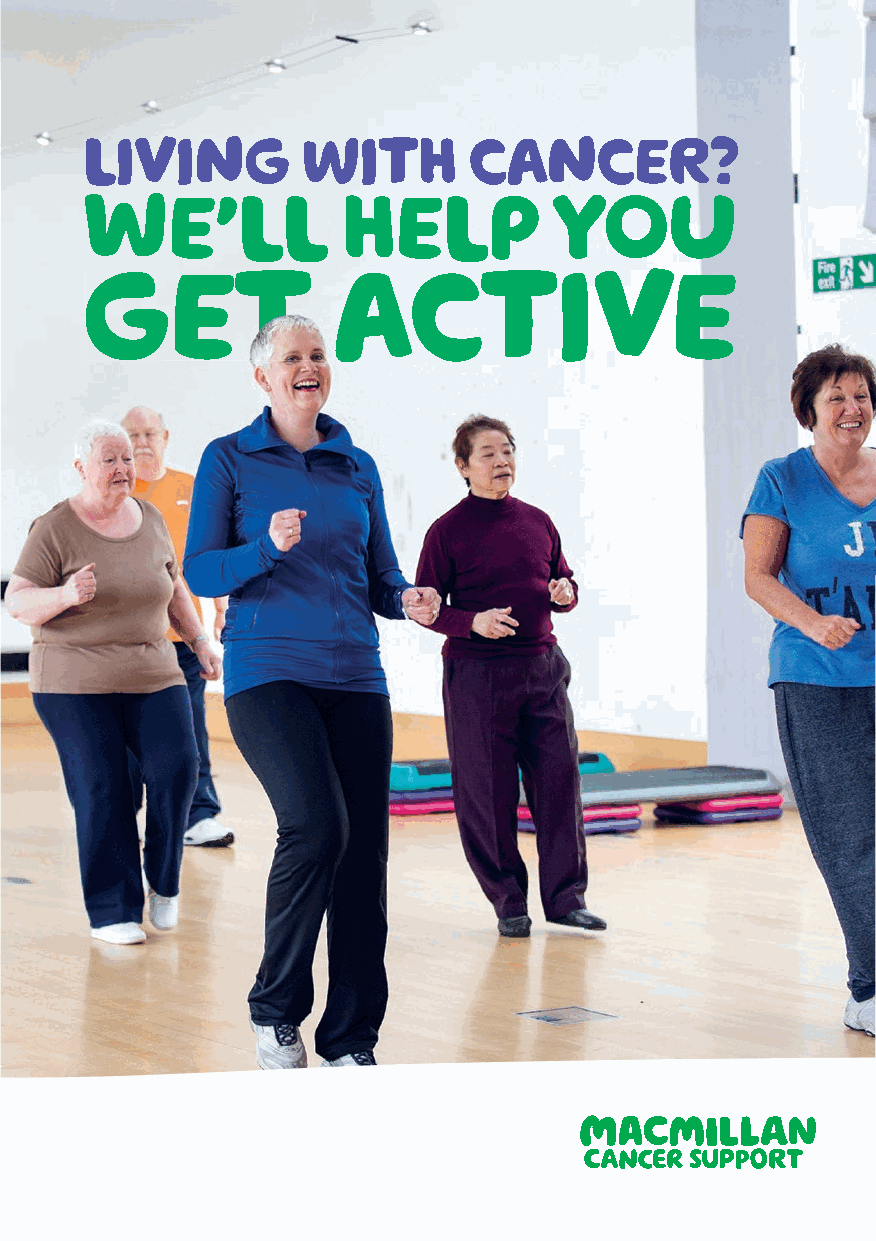
living         with       cancer?
 We’ll             help          you
 ggeett           active
 MM_East Lothian A5 4pp v2.indd 2                 19/06/2019 00:48